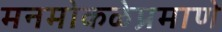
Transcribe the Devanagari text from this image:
मनमोकळेप्रमाणे